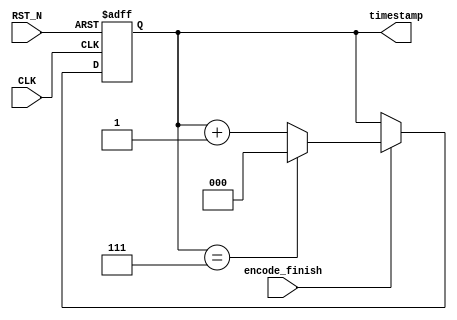
/**
  ******************************************************************************
  * Version            : 2.0
  * Description        : 
  * Function List      :
  * History            :
        <author>    <version>    <time>    <desc>
  ******************************************************************************
  * @attention
  *
  * <h2><center>&copy; Copyright (c) 2020 XXXX.
  * All rights reserved.</center></h2>
  *
  ******************************************************************************
  */

module encode_timestamp(
    input wire CLK,
    input wire RST_N,
    input wire  encode_finish,

    output wire [2:0] timestamp
);

reg [2:0] timestamp_reg;


assign timestamp = timestamp_reg;

always @(posedge CLK or negedge RST_N) begin
    if(!RST_N)begin
        timestamp_reg <= 0;
    end
    else if(encode_finish)begin
        if(timestamp_reg == 7)begin
            timestamp_reg <= 0;
        end
        else begin
            timestamp_reg <= timestamp_reg + 1;             
        end
    end
    else begin
       timestamp_reg <= timestamp_reg;
    end
end

endmodule


module neuron_timestamp(
    input wire CLK,
    input wire RST_N,

    output wire [2:0] neurontimestamp
);

reg [31:0] count;
reg [2 :0] neurontimestamp_reg;

assign neurontimestamp = neurontimestamp_reg;

always @(posedge CLK or negedge RST_N) begin
    if(!RST_N)begin
       count <= 0; 
       neurontimestamp_reg <= 0;
    end
    else if(count == 249999)begin//49999
        if(neurontimestamp_reg == 7)begin
            neurontimestamp_reg <= 0; 
            count <= 0;
        end
        else begin
            neurontimestamp_reg <= neurontimestamp_reg + 1;
            count <= 0;
        end 
    end
    else begin
        count <= count + 1;
        neurontimestamp_reg <= neurontimestamp_reg;
    end
end
endmodule


module stamp(
    input  wire       CLK,
    input  wire       RST_N,

    input  wire       fifo_0_empty,
    input  wire       fifo_1_empty,
    input  wire       encode_finish,
    input  wire [15:0]empty_group,
    input  wire       global_to_zero,
    input  wire       global_leak_time,
    input  wire       Run_Mode,
    input  wire [3:0] Control_State,


    output wire [3:0] encode_stamp,
    output wire [3:0] neuron_stamp,
    output wire       tref_event_generate,
    output wire       encode_event_generate    
);

    reg [3:0] encode_stamp_reg;
    reg [3:0] neuron_stamp_reg;
    reg       encode_finish_cap;
    reg       tref_event_generate_reg;
    reg       encode_event_generate_reg;
    reg       global_to_zero_cap;
    wire mux_fifo_empty;

    // assign mux_fifo_empty = (neuron_stamp_reg[0] == 0)?fifo_0_empty:fifo_1_empty; 
    assign mux_fifo_empty = fifo_0_empty;
    always@(posedge CLK or negedge RST_N)begin
        if(!RST_N)begin
            encode_stamp_reg <= 0;
            neuron_stamp_reg <= 15; 
            encode_finish_cap <= 0;
            tref_event_generate_reg <= 0;
            encode_event_generate_reg <= 0;
            global_to_zero_cap <= 0;
        end
        else if(global_leak_time && Run_Mode == 1)begin
            if(encode_finish_cap & global_to_zero_cap)begin
                // encode_stamp_reg <= encode_stamp_reg + 1;
                // neuron_stamp_reg <= neuron_stamp_reg + 1;
                encode_finish_cap <= 0;
                global_to_zero_cap <= 0;
                tref_event_generate_reg <= 0;
                encode_event_generate_reg <= 1; 
            end
            else if(encode_finish)begin
                encode_finish_cap <= 1; 
                tref_event_generate_reg <= 0;
                encode_event_generate_reg <= 0;
            end    
            else if(global_to_zero)begin
                global_to_zero_cap <= 1;
                tref_event_generate_reg <= 0;
                encode_event_generate_reg <= 0; 
            end
            else begin
                tref_event_generate_reg <= 0;
                encode_event_generate_reg <= 0; 
            end
        end

        else if(encode_finish_cap & mux_fifo_empty & (&empty_group) & Control_State == 0)begin
            encode_stamp_reg <= encode_stamp_reg + 1;
            neuron_stamp_reg <= neuron_stamp_reg;
            encode_finish_cap <= 0;
            tref_event_generate_reg <= 1;
            encode_event_generate_reg <= 1;
        end
        else if(tref_event_generate_reg)begin
            neuron_stamp_reg <= neuron_stamp_reg + 1;
            encode_stamp_reg <= encode_stamp_reg;
            tref_event_generate_reg <= 0;
            encode_event_generate_reg <= 0;
            encode_finish_cap <= encode_finish_cap;
        end
        else if(encode_finish)begin
            encode_finish_cap <= 1;
            encode_stamp_reg <= encode_stamp_reg;
            neuron_stamp_reg <= neuron_stamp_reg;  
            tref_event_generate_reg <= 0;
            encode_event_generate_reg <= 0;
        end
        else begin
            encode_stamp_reg <= encode_stamp_reg;
            neuron_stamp_reg <= neuron_stamp_reg;
            encode_finish_cap <= encode_finish_cap;
            tref_event_generate_reg <= 0;
            encode_event_generate_reg <= 0;
        end 
    end

    assign encode_stamp = encode_stamp_reg;
    assign neuron_stamp = neuron_stamp_reg;
    assign tref_event_generate = tref_event_generate_reg;
    assign encode_event_generate = encode_event_generate_reg;

endmodule